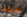
سلمها